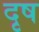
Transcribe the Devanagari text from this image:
दृष